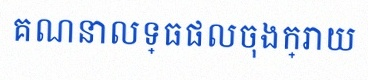
គណនាលទ្ធផលចុងក្រោយ